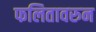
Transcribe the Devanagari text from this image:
फलितावरुन